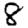
Digit: 8